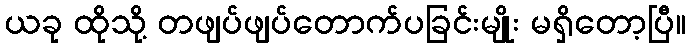
ယခု ထိုသို့ တဖျပ်ဖျပ်တောက်ပခြင်းမျိုး မရှိတော့ပြီ။